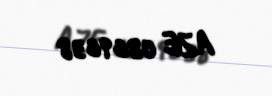
AZE 0869638